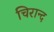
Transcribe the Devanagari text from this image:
चिरान्द